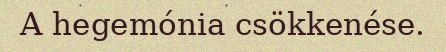
A hegemónia csökkenése.